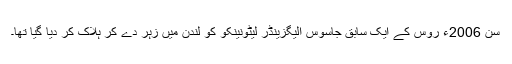
سن 2006ء روس کے ایک سابق جاسوس الیگزینڈر لیٹونینکو کو لندن میں زہر دے کر ہلاک کر دیا گیا تھا۔